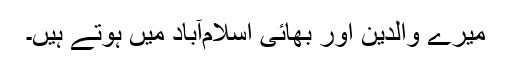
میرے والدین اور بھائی اسلام‌آباد میں ہوتے ہیں۔